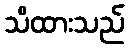
သိထားသည်